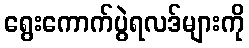
ရွေးကောက်ပွဲရလဒ်များကို